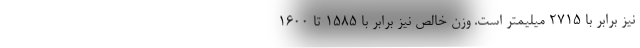
نیز برابر با 2715 میلیمتر است. وزن خالص نیز برابر با 1585 تا 1600